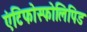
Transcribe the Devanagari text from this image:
एंटिफोस्फोलिपिड